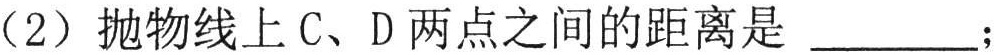
（2）抛物线上 C、D 两点之间的距离是 \_\_\_\_\_；